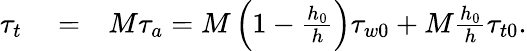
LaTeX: \begin{array}{rlr}{\tau_{t}}&{{}=}&{M\tau_{a}=M\left(1-\frac{h_{0}}{h}\right)\tau_{w0}+M\frac{h_{0}}{h}\tau_{t0}.}\end{array}